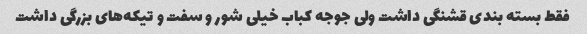
فقط بسته بندی قشنگی داشت ولی جوجه کباب خیلی شور و سفت و تیکه‌های بزرگی داشت